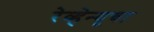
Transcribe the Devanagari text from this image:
रेव्हेन्यूचा